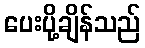
ပေးပို့ချိန်သည်